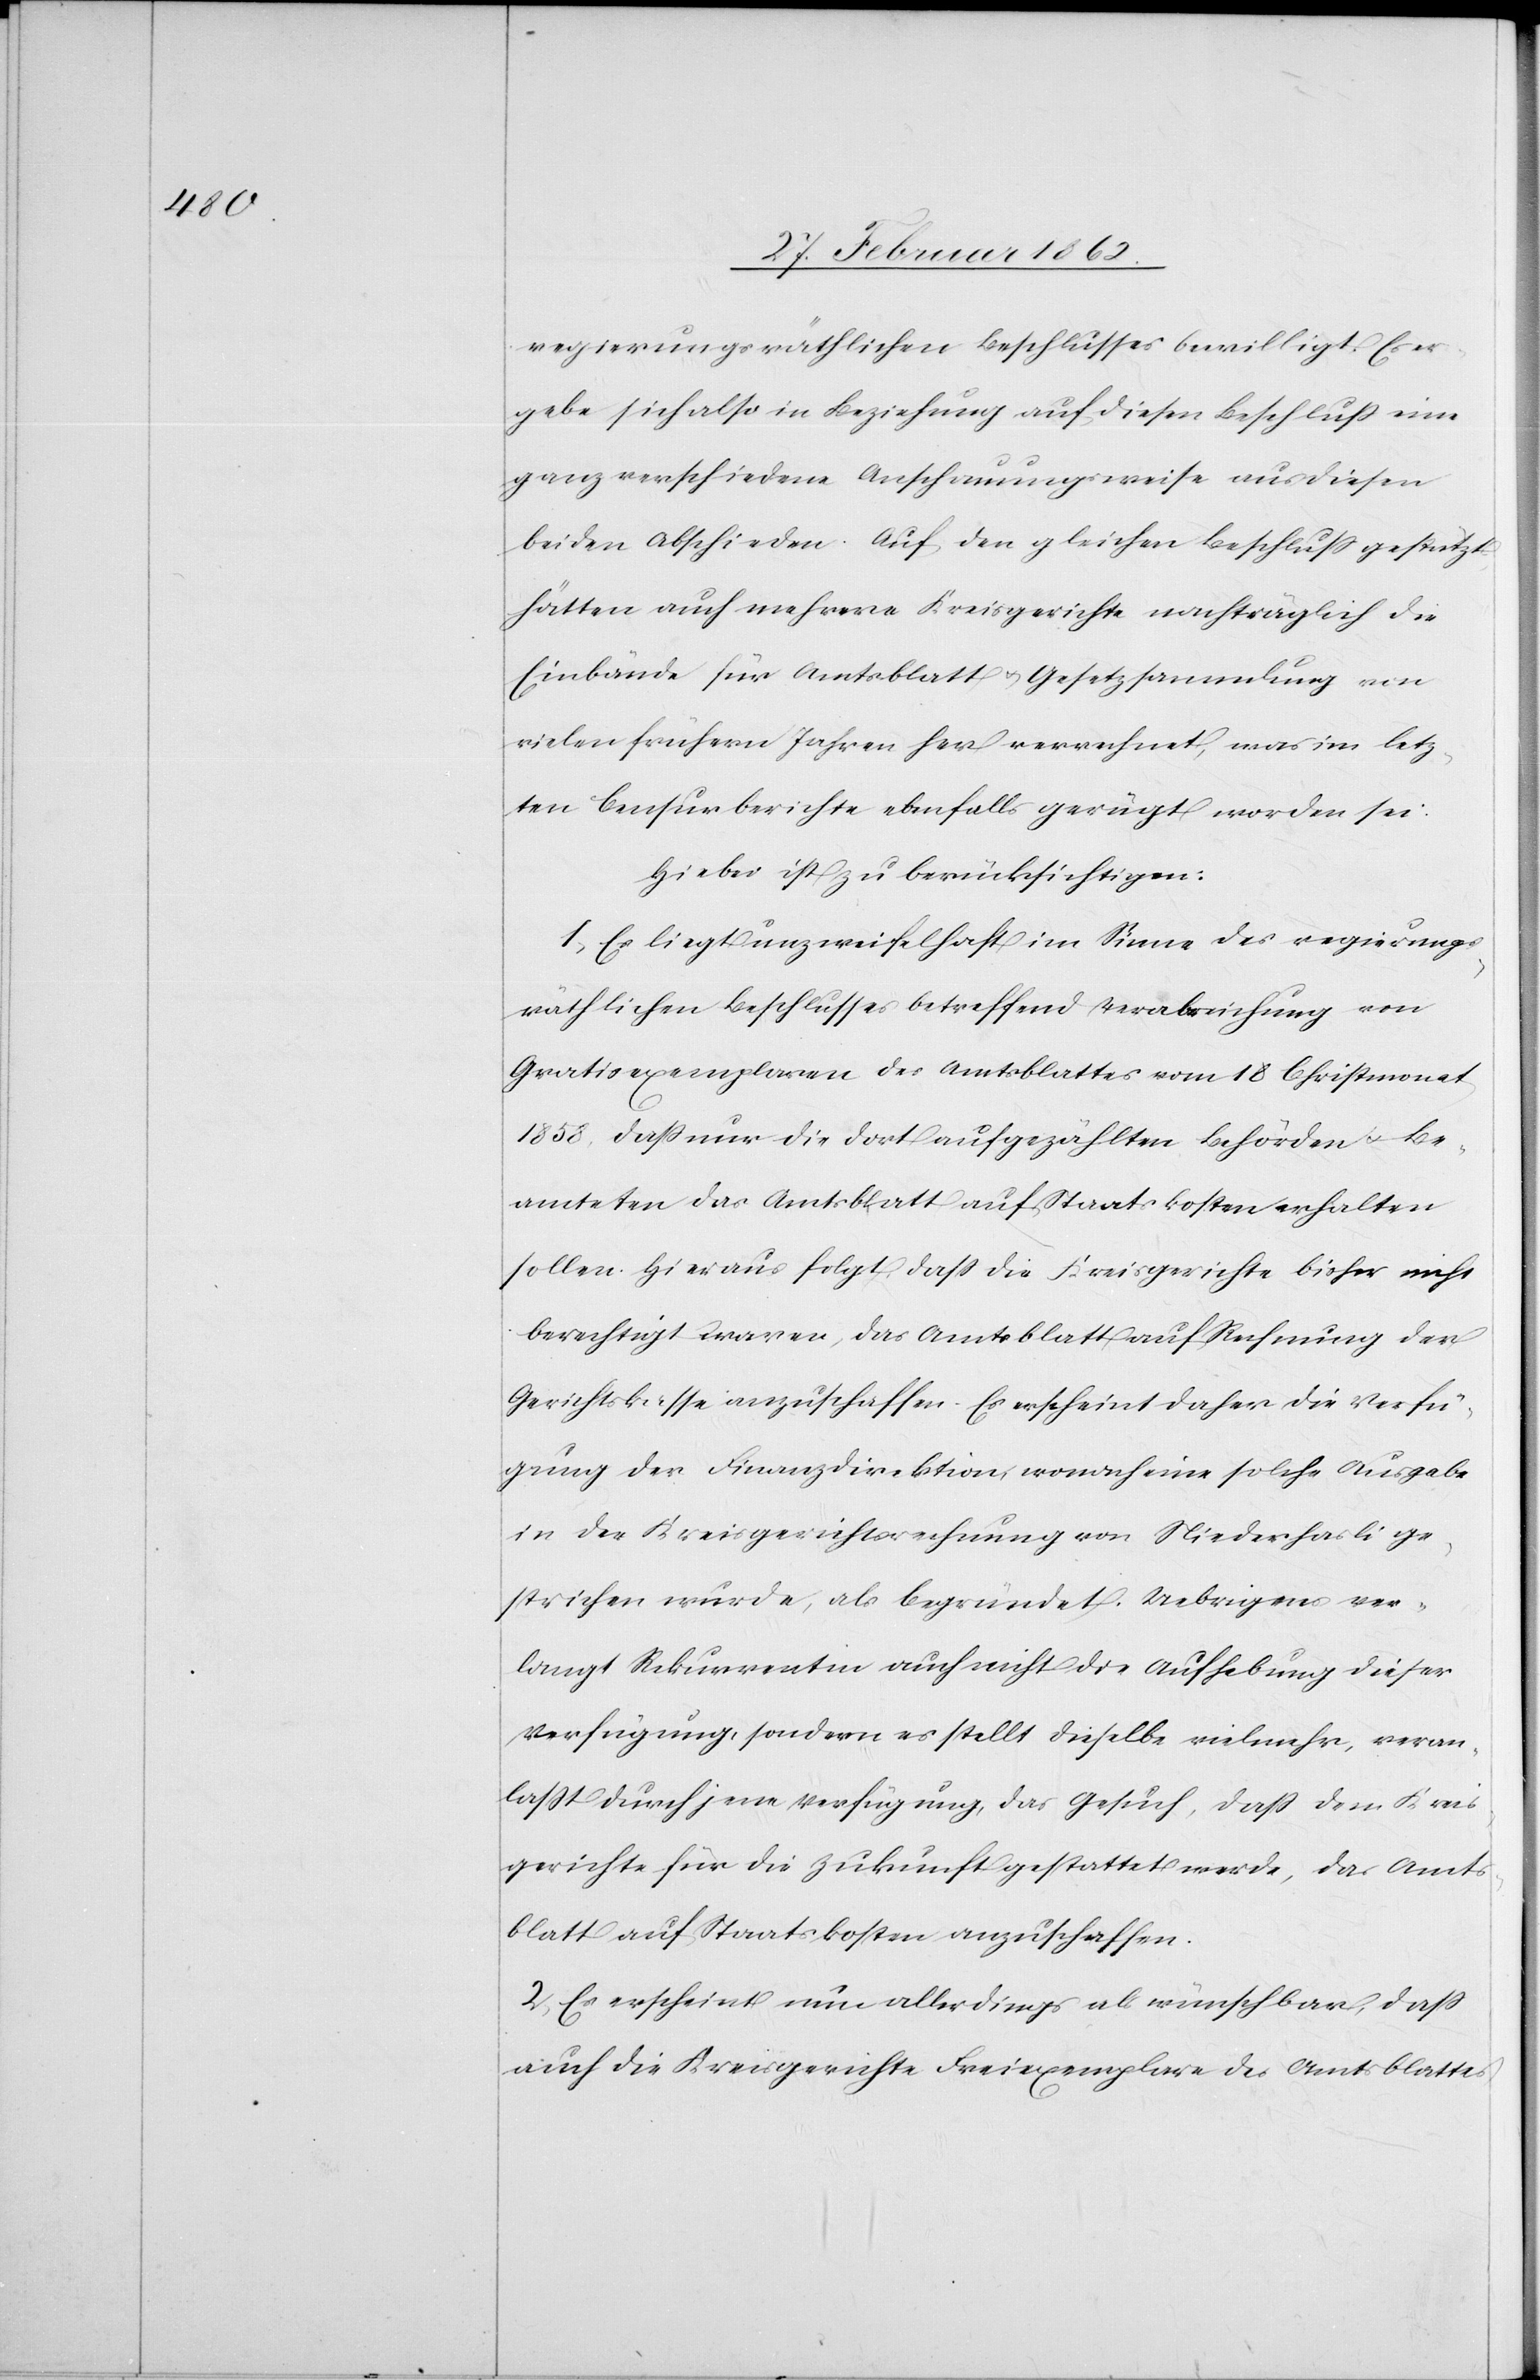
regierungsräthlichen Beschlusses bewilligt. Es er¬
gebe sich also in Beziehung auf diesen Beschluß eine
ganz verschiedene Anschauungsweise aus diesen
beiden Abschieden. Auf den gleichen Beschluß gestützt
hätten auch mehrere Kreisgerichte nachträglich die
Einbände für Amtsblatt u. Gesetzsammlung von
vielen frühern Jahren her verrechnet, was im letz¬
ten Censurberichte ebenfalls gerügt worden sei.
Hiebei ist zu berücksichtigen:
1) Es liegt unzweifelhaft im Sinne des regierungs¬
räthlichen Beschlusses betreffend Verabreichung von
Gratisexemplaren des Amtsblattes vom 18 Christmonat
1858, daß nur die dort aufgezählten Behörden u. Be¬
amteten das Amtsblatt auf Staatskosten erhalten
sollen. Hieraus folgt, daß die Kreisgerichte bisher nicht
berechtigt waren, das Amtsblatt auf Rechnung der
Gerichtskasse anzuschaffen. Es erscheint daher die Verfü¬
gung der Finanzdirektion, wonach eine solche Ausgabe
in der Kreisgerichtsrechnung von Niederhasli ge¬
strichen wurde, als begründet. Uebrigens ver¬
langt Rekurrentin auch nicht die Aufhebung dieser
Verfügung, sondern es stellt dieselbe vielmehr, veran¬
laßt durch jene Verfügung, das Gesuch, daß dem Kreis¬
gerichte für die Zukunft gestattet werde, das Amts¬
blatt auf Staatskosten anzuschaffen.
2) Es erscheint nun allerdings als wünschbar, daß
auch die Kreisgerichte Freiexemplare des Amtsblattes